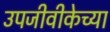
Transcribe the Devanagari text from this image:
उपजीवीकेच्या